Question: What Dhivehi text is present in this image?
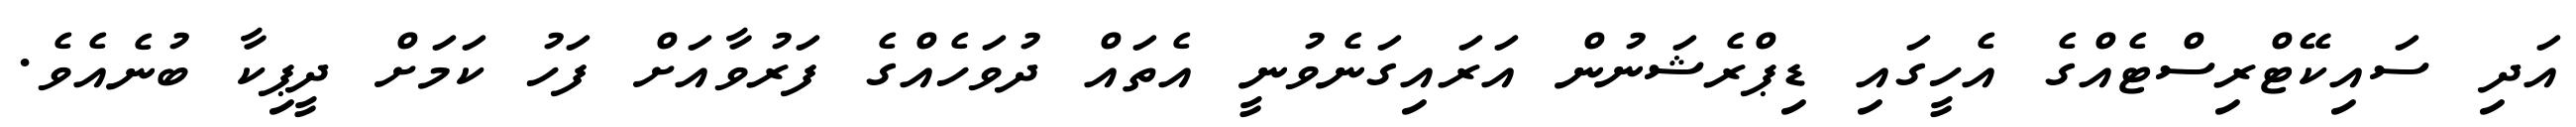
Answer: އަދި ސައިކޭޓްރިސްޓެއްގެ އެހީގައި ޑިޕްރެޝަނުން އަރައިގަނެވުނީ އެތައް ދުވަހެއްގެ ފަރުވާއަށް ފަހު ކަމަށް ދީޕިކާ ބުނެއެވެ.